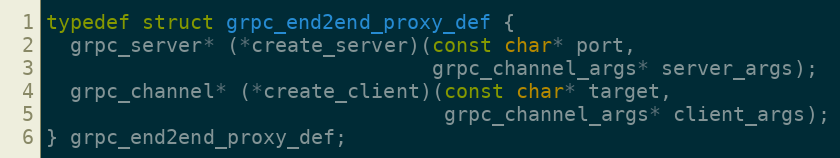
Language: C
typedef struct grpc_end2end_proxy_def {
  grpc_server* (*create_server)(const char* port,
                                grpc_channel_args* server_args);
  grpc_channel* (*create_client)(const char* target,
                                 grpc_channel_args* client_args);
} grpc_end2end_proxy_def;